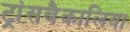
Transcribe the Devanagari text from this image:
ट्रांसबैकालिया